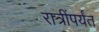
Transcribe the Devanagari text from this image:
रात्रींपर्यंत